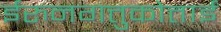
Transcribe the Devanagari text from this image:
ईरुनगत्तुकोत्ताई